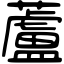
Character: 蘆